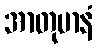
အာတုမာနံ